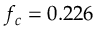
f _ { c } = 0 . 2 2 6